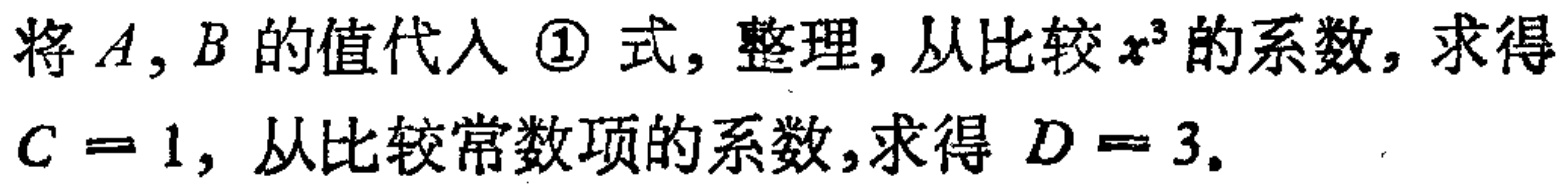
将\(A,B\)的值代入 \textcircled{1} 式, 整理, 从比较\(x^{3}\)的系数, 求得\(C = 1\), 从比较常数项的系数,求得 \(D = 3\).